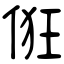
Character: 俇